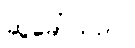
ဆွဲခေါ်သည်။